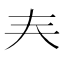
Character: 𡗗